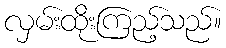
လှမ်းထိုးကြည့်သည်။